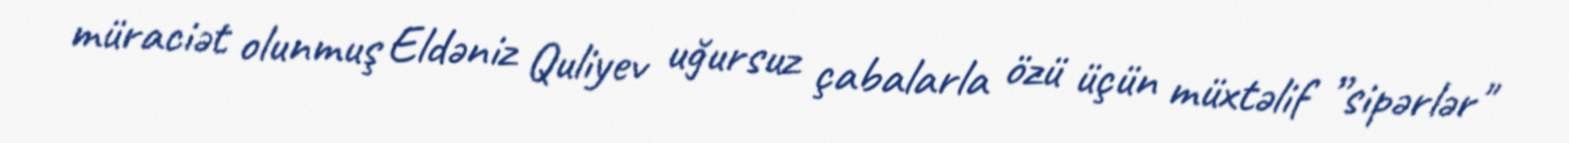
müraciət olunmuş Eldəniz Quliyev uğursuz çabalarla özü üçün müxtəlif ”sipərlər"